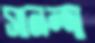
সানন্দা